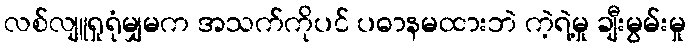
လစ်လျူရှုရုံမျှမက အသက်ကိုပင် ပဓာနမထားဘဲ ကဲ့ရဲ့မှု ချီးမွမ်းမှု